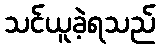
သင်ယူခဲ့ရသည်